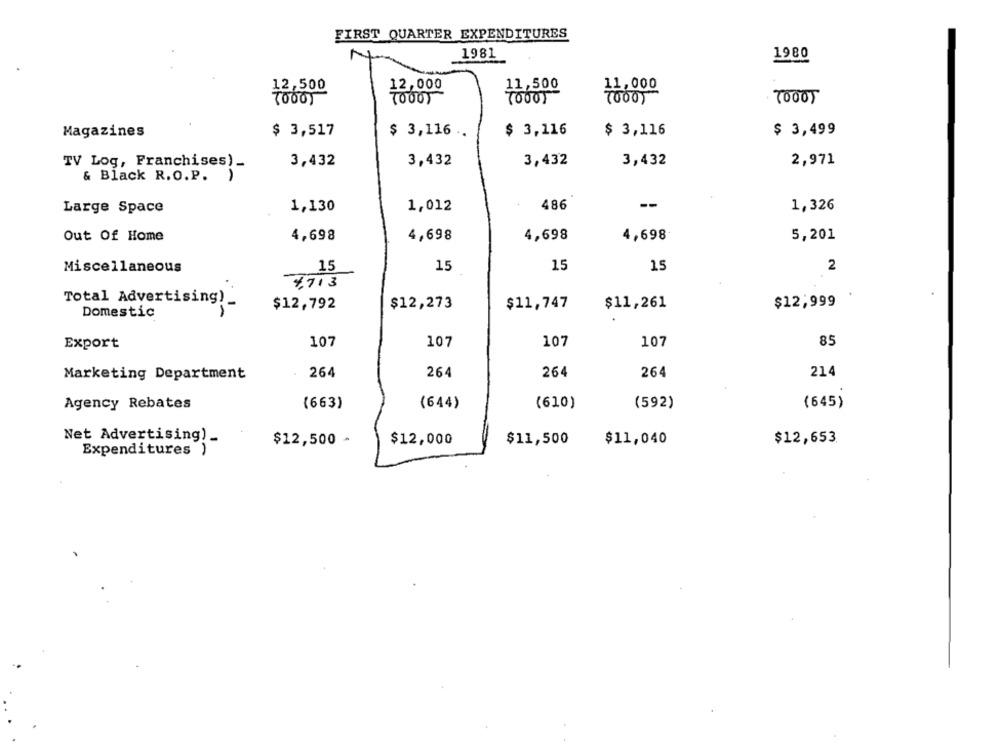
FIRST QUARTER EXPENDITURES
1981
1980
12,500
12,000
11,500
11,000
TO001
TOOO)
Magazines
$ 3,517
$ 3,116 ..
$ 3,116
$ 3,116
$ 3,499
TV Log, Franchises).
3,432
3,432
3,432
3,432
2,971
& Black R.O.P.
Large Space
1,130
1,012
486
--
1,326
Out Of Home
4,698
4,698
4,698
4,698
5,201
Miscellaneous
15
15
15
15
2
4,713
Total Advertising)_
$12,792
$12,273
$11,747
$11,261
$12,999
Domestic
Export
107
107
107
107
85
Marketing Department
264
264
264
264
214
Agency Rebates
(663)
(644)
(610)
(592)
(645)
Net Advertising) _
$12,500 *
$12,000
$11,500
$11,040
$12,653.
Expenditures )